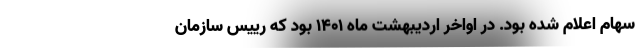
سهام اعلام شده بود. در اواخر اردیبهشت ماه ۱۴۰۱ بود که رییس سازمان